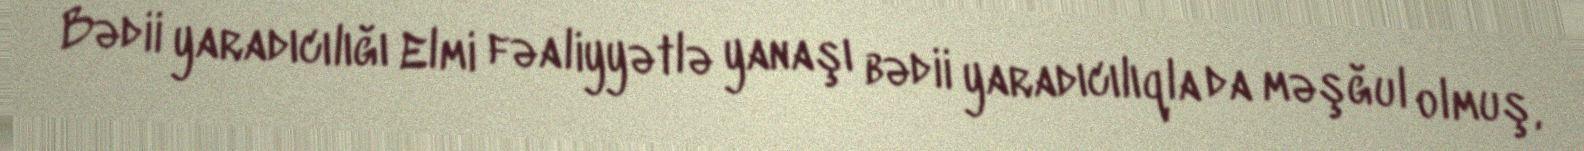
Bədii yaradıcılığı Elmi fəaliyyətlə yanaşı bədii yaradıcılıqla da məşğul olmuş,